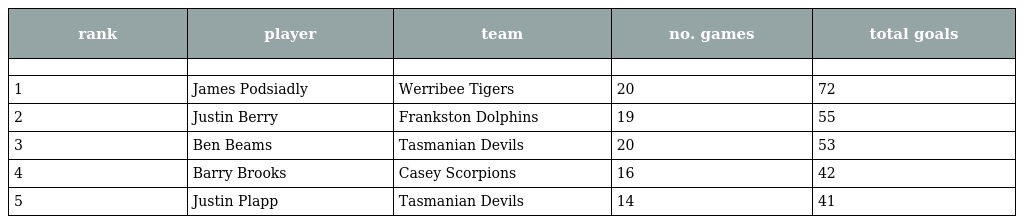
| rank | player | team | no. games | total goals |
 | --- | --- | --- | --- | --- |
 |  |  |  |  |  |
 | 1 | James Podsiadly | Werribee Tigers | 20 | 72 |
 | 2 | Justin Berry | Frankston Dolphins | 19 | 55 |
 | 3 | Ben Beams | Tasmanian Devils | 20 | 53 |
 | 4 | Barry Brooks | Casey Scorpions | 16 | 42 |
 | 5 | Justin Plapp | Tasmanian Devils | 14 | 41 |